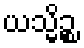
ယသ္မိဉ္စ